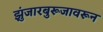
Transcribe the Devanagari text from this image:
झुंजारबुरूजावरून